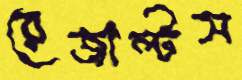
রেজাল্টস